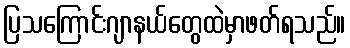
ပြသကြောင်းဂျာနယ်တွေထဲမှာဖတ်ရသည်။